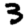
Digit: 3